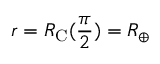
r = R _ { \mathrm { C } } ( \frac { \pi } { 2 } ) = R _ { \oplus }